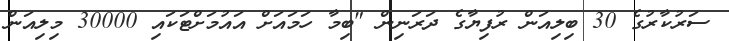
ސަރުކާރުގެ 30 ބިލިއަން ރުފިޔާގެ ދަރަނިން "ބިމާ ހަމައަށް އައުމަށްޓަކައި 30000 މިލިއަން